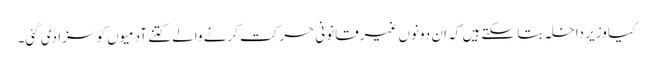
کیا وزیر داخلہ بتا سکتے ہیں کہ ان دونوں غیرقانونی حرکت کرنے والے کتنے آدمیوں کو سزا دی گئی۔